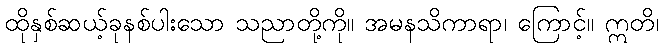
ထိုနှစ်ဆယ့်ခုနစ်ပါးသော သညာတို့ကို။ အမနသိကာရာ၊ ကြောင့်။ ဣတိ၊